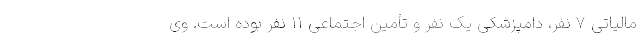
مالیاتی ۷ نفر، دامپزشکی یک نفر و تأمین اجتماعی ۱۱ نفر بوده است. وی